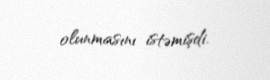
olunmasını istəmişdi.